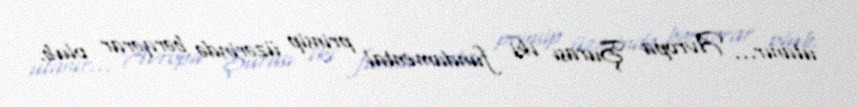
utanır... Avropa Şurası iki fundamental prinsip üzərində bərqərar olub.